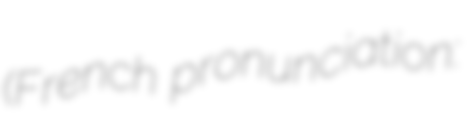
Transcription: (French pronunciation: